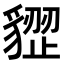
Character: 𧳺